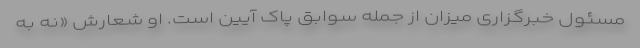
مسئول خبرگزاری میزان از جمله سوابق پاک آیین است. او شعارش «نه به